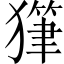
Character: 𤢇